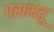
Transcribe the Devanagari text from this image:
पराभतू